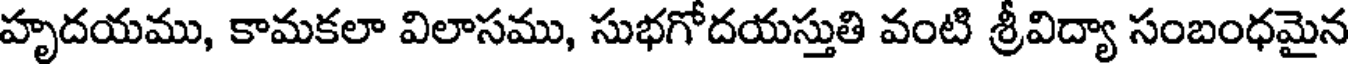
హృదయము, కామకలా విలాసము, సుభగోదయస్తుతి వంటి శ్రీవిద్యా సంబంధమైన